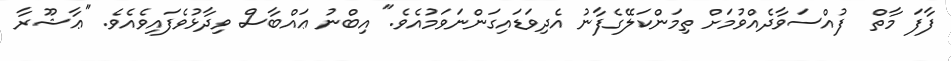
ފާފަ މާތް  ފުއްސަވާދެއްވުމަށް ތިމަންކަލޭގެފާނު އެދިވަޑައިގަންނަވަމުއެވެ." އިބްނު ޢައްބާސް ވިދާޅުވެފައިވެއެވެ. "'ޢާޝޫރާ